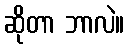
ဆိုတာ ဘာလဲ။